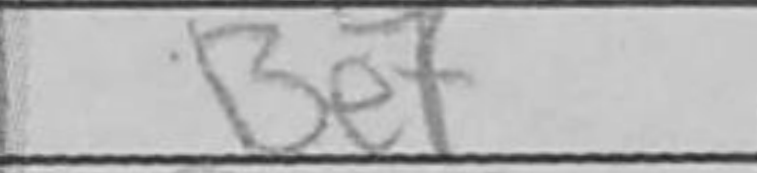
Transcription: Be7